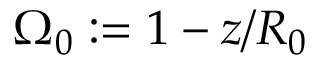
\Omega _ { 0 } : = 1 - z / R _ { 0 }